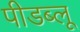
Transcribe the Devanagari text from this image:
पीडब्लू